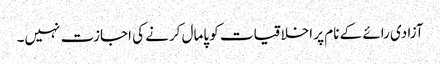
آزادی رائے کے نام پر اخلاقیات کو پامال کرنے کی اجازت نہیں۔